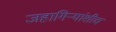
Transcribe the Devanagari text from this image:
जहागिर्‍यांशीच